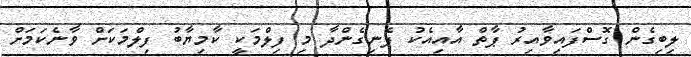
ލިބިގެން ގޮސްފައިވާއިރު ޕާތް އާއިއެކު ފެނިގެންދާ މި ފިލްމަކީ ކާމިޔާބު ފިލްމަކަށް ވާނެކަމަށް